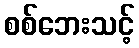
စစ်ဘေးသင့်